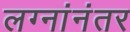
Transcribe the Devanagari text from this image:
लग्नांनंतर